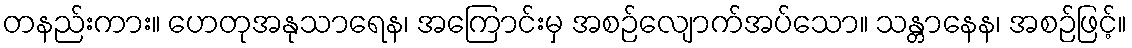
တနည်းကား။ ဟေတုအနုသာရေန၊ အကြောင်းမှ အစဉ်လျောက်အပ်သော။ သန္တာနေန၊ အစဉ်ဖြင့်။